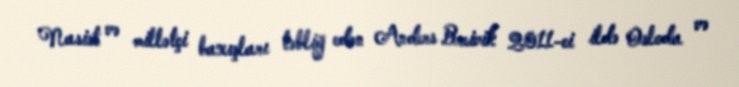
Nasist və millətçi baxışları təbliğ edən Anders Breivik 2011-ci ildə Osloda və